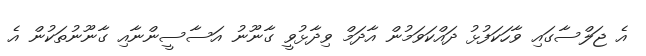
އެ ޖަލްސާގައި ވާހަކަފުޅު ދައްކަވަމުން އާދަމް ވިދާޅުވީ ގާނޫނު އަސާސީންނާއި ގާނޫނުތަކުން އެ